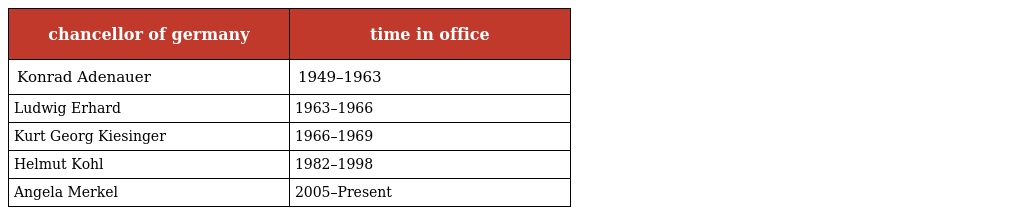
| chancellor of germany | time in office |
 | --- | --- |
 | Konrad Adenauer | 1949–1963 |
 | Ludwig Erhard | 1963–1966 |
 | Kurt Georg Kiesinger | 1966–1969 |
 | Helmut Kohl | 1982–1998 |
 | Angela Merkel | 2005–Present |